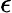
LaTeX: \mathcal{\epsilon}